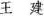
王建